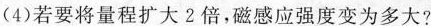
(4)若要将量程扩大2倍，磁感应强度变为多大?